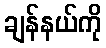
ချန်နယ်ကို